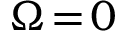
\Omega \! = \! 0